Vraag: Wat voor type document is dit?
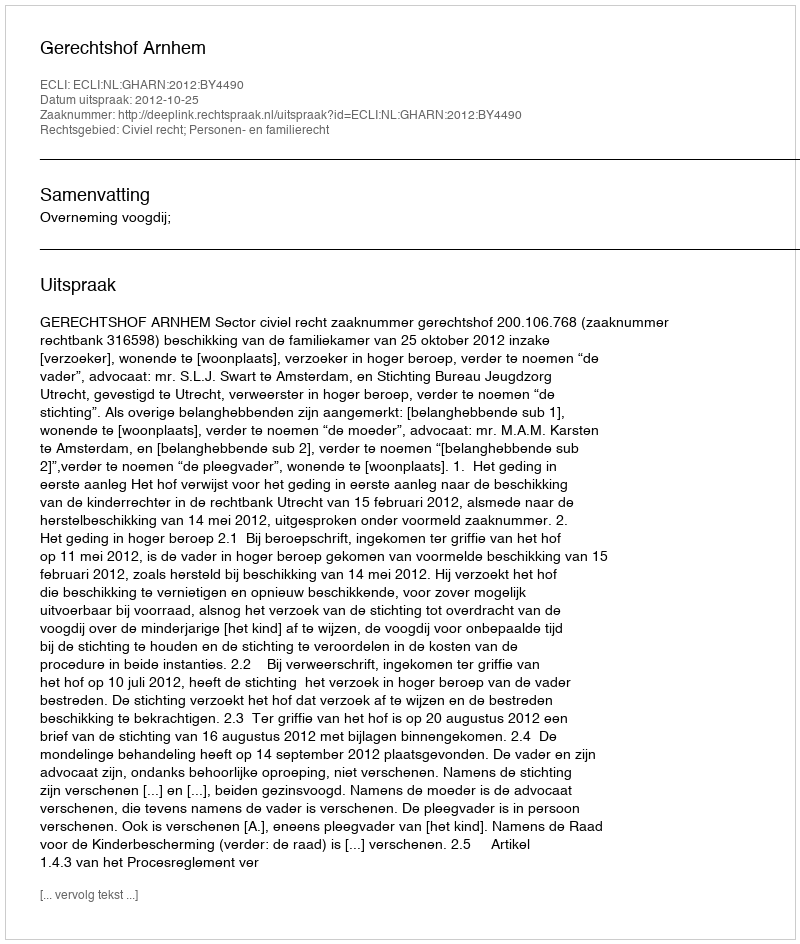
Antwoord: Uitspraak